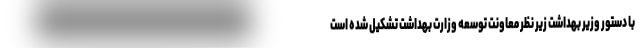
با دستور وزیر بهداشت زیر نظر معاونت توسعه وزارت بهداشت تشکیل شده است